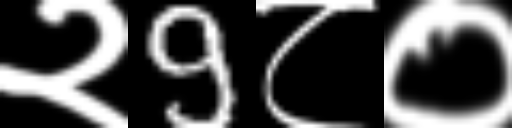
Text: २9८०